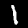
Label: 1